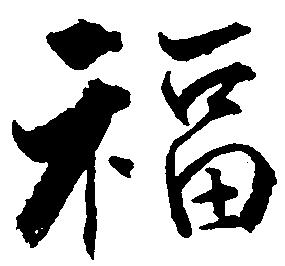
福